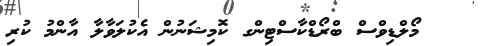
މޯލްޑިވްސް ބްރޯޑްކާސްޓިންގ ކޮމިޝަނުން އެކުލަވާލާ އާންމު ކުރި